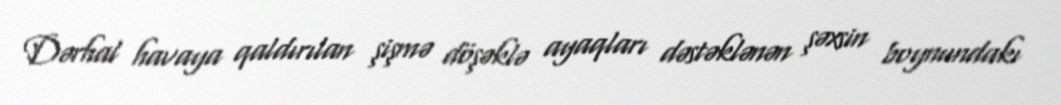
Dərhal havaya qaldırılan şişmə döşəklə ayaqları dəstəklənən şəxsin boynundakı